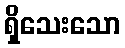
ရှိသေးသော